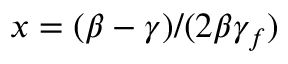
x = ( \beta - \gamma ) / ( 2 \beta \gamma _ { f } )